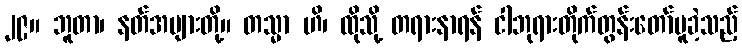
၂၉။ ဘူတာ၊ နတ်အများတို့။ တသ္မာ ဟိ၊ ထိုသို့ တရားနာရန် ငါဘုရားတိုက်တွန်းတော်မူခဲ့သည့်